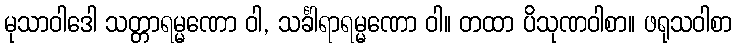
မုသာဝါဒေါ သတ္တာရမ္မဏော ဝါ, သင်္ခါရာရမ္မဏော ဝါ။ တထာ ပိသုဏဝါစာ။ ဖရုသဝါစာ